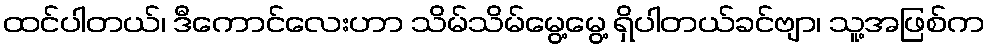
ထင်ပါတယ်၊ ဒီကောင်လေးဟာ သိမ်သိမ်မွေ့မွေ့ ရှိပါတယ်ခင်ဗျာ၊ သူ့အဖြစ်က